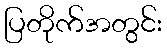
ပြတိုက်အတွင်း